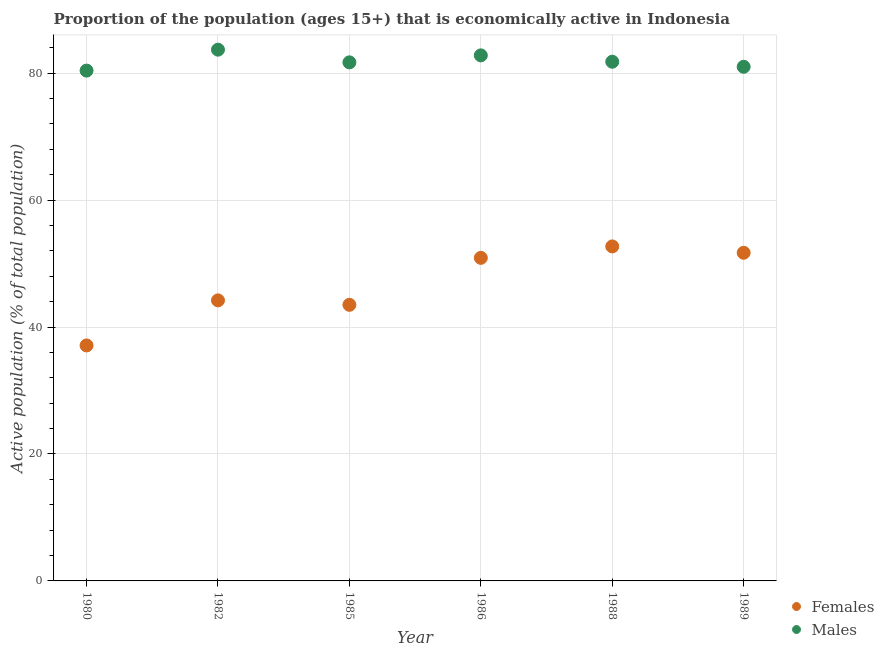
| Year | Females | Males |
 | --- | --- | --- |
 | 1980 | 37.1 | 80.4 |
 | 1982 | 44.2 | 83.7 |
 | 1985 | 43.5 | 81.7 |
 | 1986 | 50.9 | 82.8 |
 | 1988 | 52.7 | 81.8 |
 | 1989 | 51.7 | 81 |